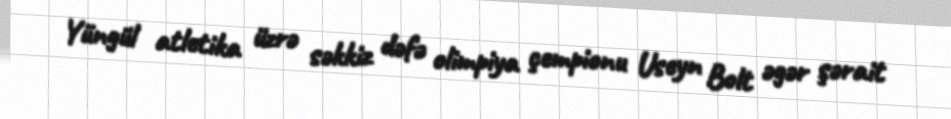
Yüngül atletika üzrə səkkiz dəfə olimpiya çempionu Useyn Bolt əgər şərait